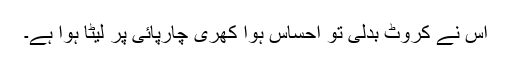
اس نے کروٹ بدلی تو احساس ہوا کھری چارپائی پر لیٹا ہوا ہے۔